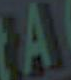
A